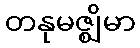
တနုမဇ္ဈိမာ